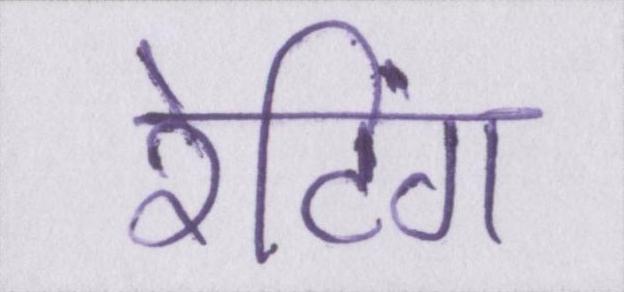
रेटिंग